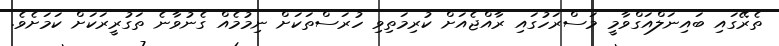
ތެރޭގައި ބައިނަލްއަގްވާމީ މަސްރަހުގައި ރާއްޖެއަށް ކުރިމަތިވި ހުރަސްތަކަށް ނިމުމެއް ގެނުވާނެ ތަގުރީރަކަށް ކަމަށެވެ.